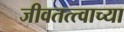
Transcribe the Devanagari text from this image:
जीवतत्त्वाच्या